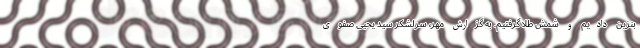
بنزین دادیم و شمش طلا گرفتیم. به گزارش مهر، سرلشکر سید یحیی صفوی